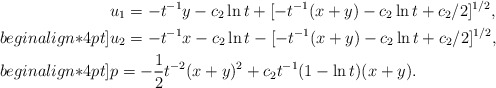
\begin{align*}& u_{1}=-t^{-1}y-c_{2}\ln t+[-t^{-1}(x+y)-c_{2}\ln t+c_{2}/2]^{1/2},\\begin{align*}4pt]& u_{2}=-t^{-1}x-c_{2}\ln t-[-t^{-1}(x+y)-c_{2}\ln t+c_{2}/2]^{1/2},\\begin{align*}4pt]& p=-\frac{1}{2}t^{-2}(x+y)^{2}+c_{2}t^{-1}(1-\ln t)(x+y).\end{align*}